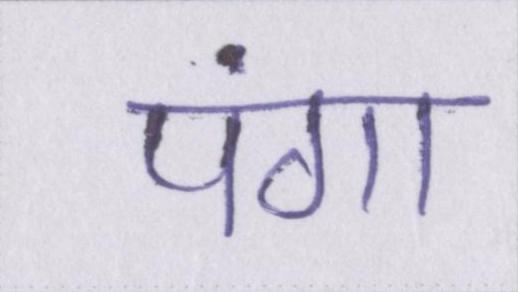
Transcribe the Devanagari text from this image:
पंगा